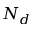
N _ { d }